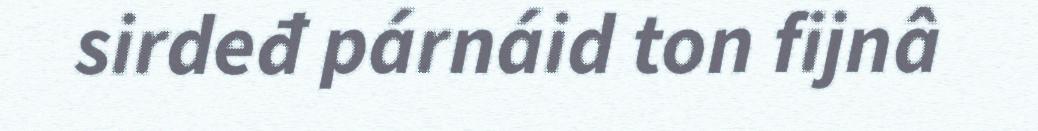
sirdeđ párnáid ton fijnâ